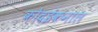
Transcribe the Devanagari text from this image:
कोदईकनाल